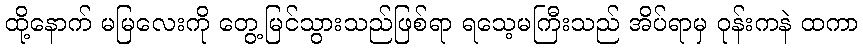
ထို့နောက် မမြလေးကို တွေ့မြင်သွားသည်ဖြစ်ရာ ရသေ့မကြီးသည် အိပ်ရာမှ ဝုန်းကနဲ ထကာ